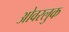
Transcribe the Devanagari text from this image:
ओवरलुक